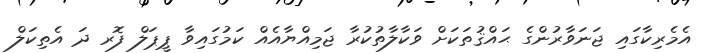
އެމެރިކާގައި ޖަނަވާރުންގެ ޙައްޤުތަކަށް ވަކާލާތުކުރާ ޖަމިއްޔާއެއް ކަމުގައިވާ ޕީޕަލް ފޮރ ދަ އެތިކަލް